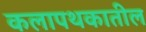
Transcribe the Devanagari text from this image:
कलापथकातील